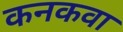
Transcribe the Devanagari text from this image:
कनकवा